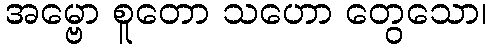
အမ္ဗော စူတော သဟော တွေသော၊